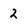
Character: 2